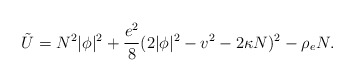
\begin{align*}\tilde{U} = N^2 |\phi|^2 + \frac{e^2}{8}( 2|\phi|^2-v^2 - 2\kappa N)^2 -\rho_e N.\end{align*}